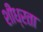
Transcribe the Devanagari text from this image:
शीध्रता